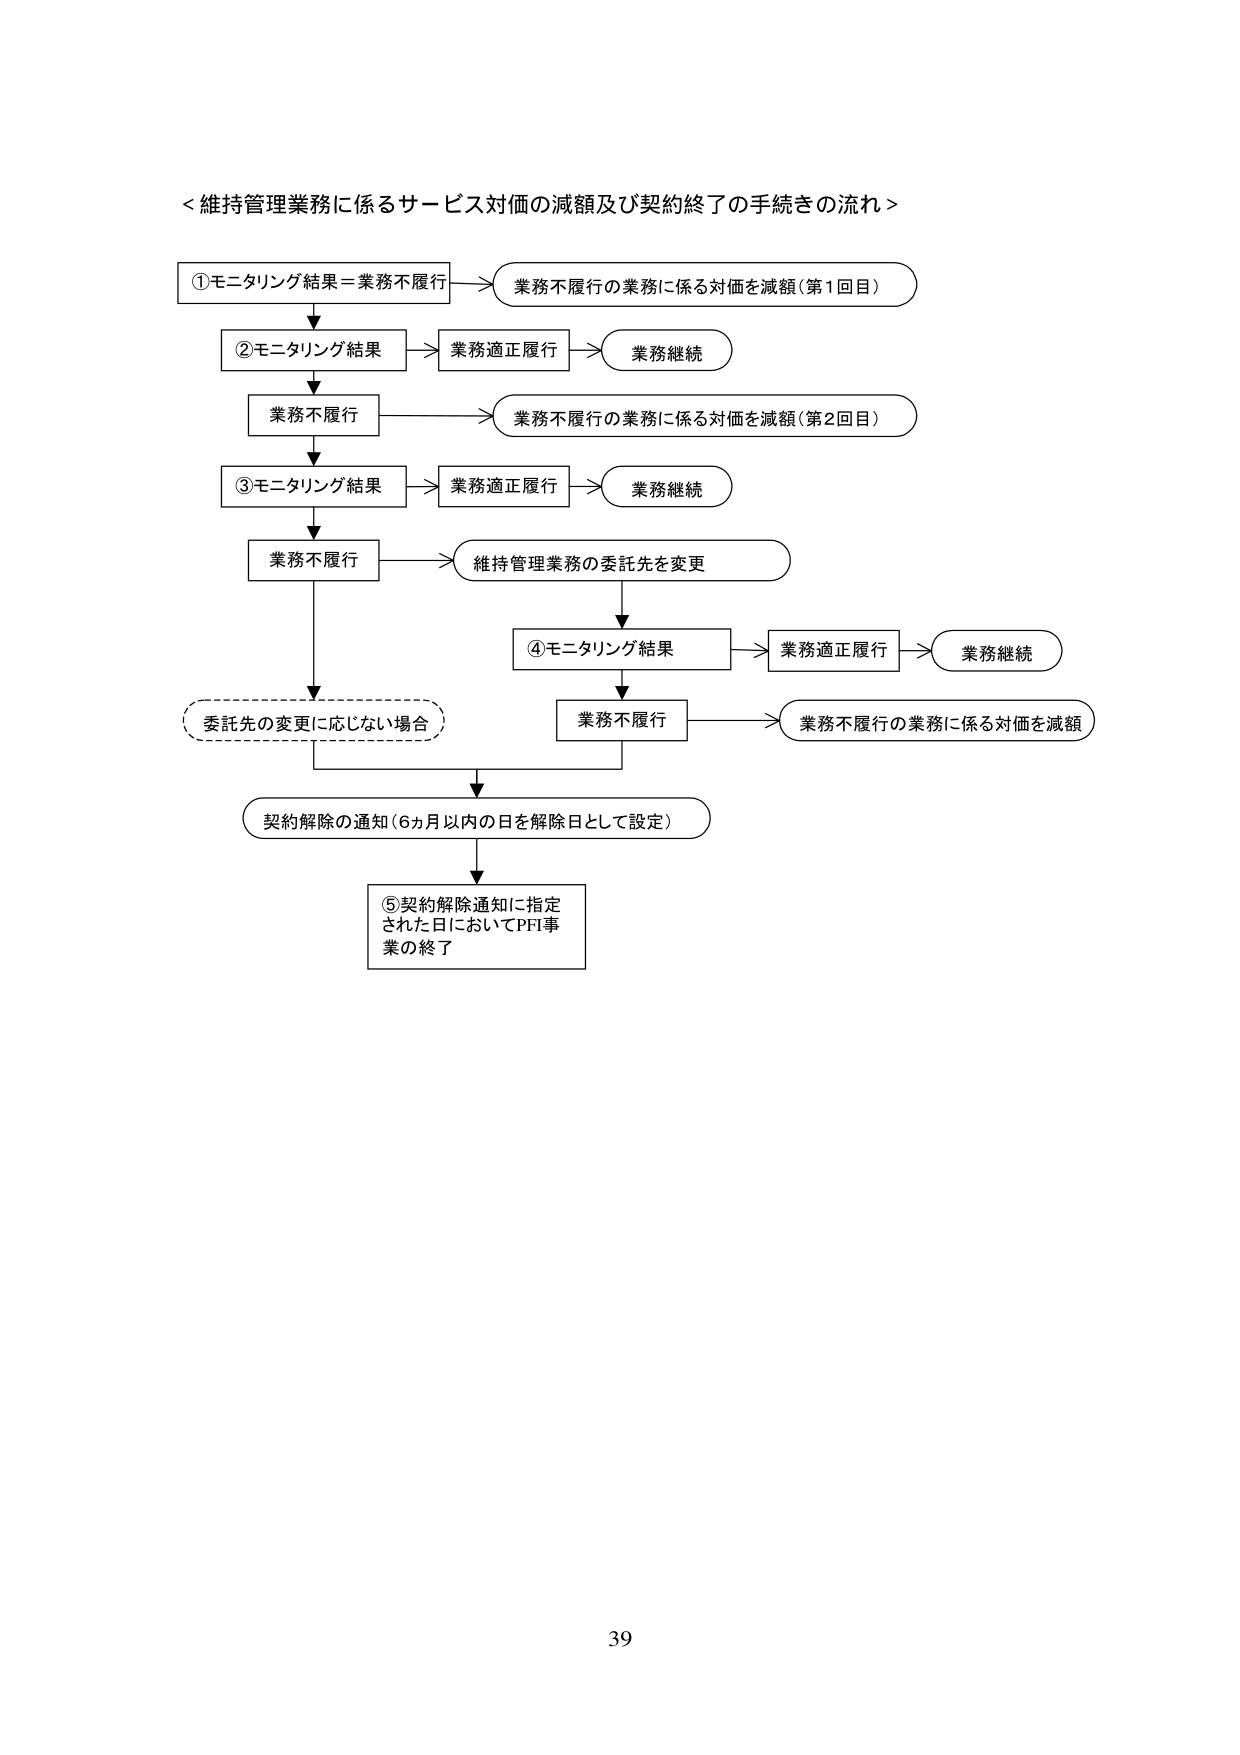
＜維持管理業務に係るサービス対価の減額及び契約終了の手続きの流れ＞

①モニタリング結果＝業務不履行 → 業務不履行の業務に係る対価を減額（第1回目）

②モニタリング結果 → 業務適正履行 → 業務継続
↓
業務不履行 → 業務不履行の業務に係る対価を減額（第2回目）

③モニタリング結果 → 業務適正履行 → 業務継続
↓
業務不履行 → 維持管理業務の委託先を変更
↓
④モニタリング結果 → 業務適正履行 → 業務継続
↓
業務不履行 → 業務不履行の業務に係る対価を減額

委託先の変更に応じない場合
↓
契約解除の通知（6ヵ月以内の日を解除日として設定）
↓
⑤契約解除通知に指定された日においてPFI事業の終了

39